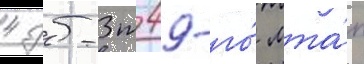
4 дб-3т 49-го́ мта́п